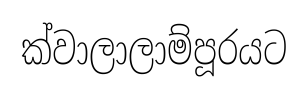
ක්වාලාලාම්පූරයට